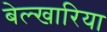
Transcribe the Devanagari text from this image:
बेल्खारिया